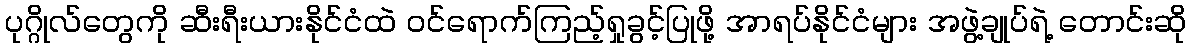
ပုဂ္ဂိုလ်တွေကို ဆီးရီးယားနိုင်ငံထဲ ဝင်ရောက်ကြည့်ရှုခွင့်ပြုဖို့ အာရပ်နိုင်ငံများ အဖွဲ့ချုပ်ရဲ့ တောင်းဆို